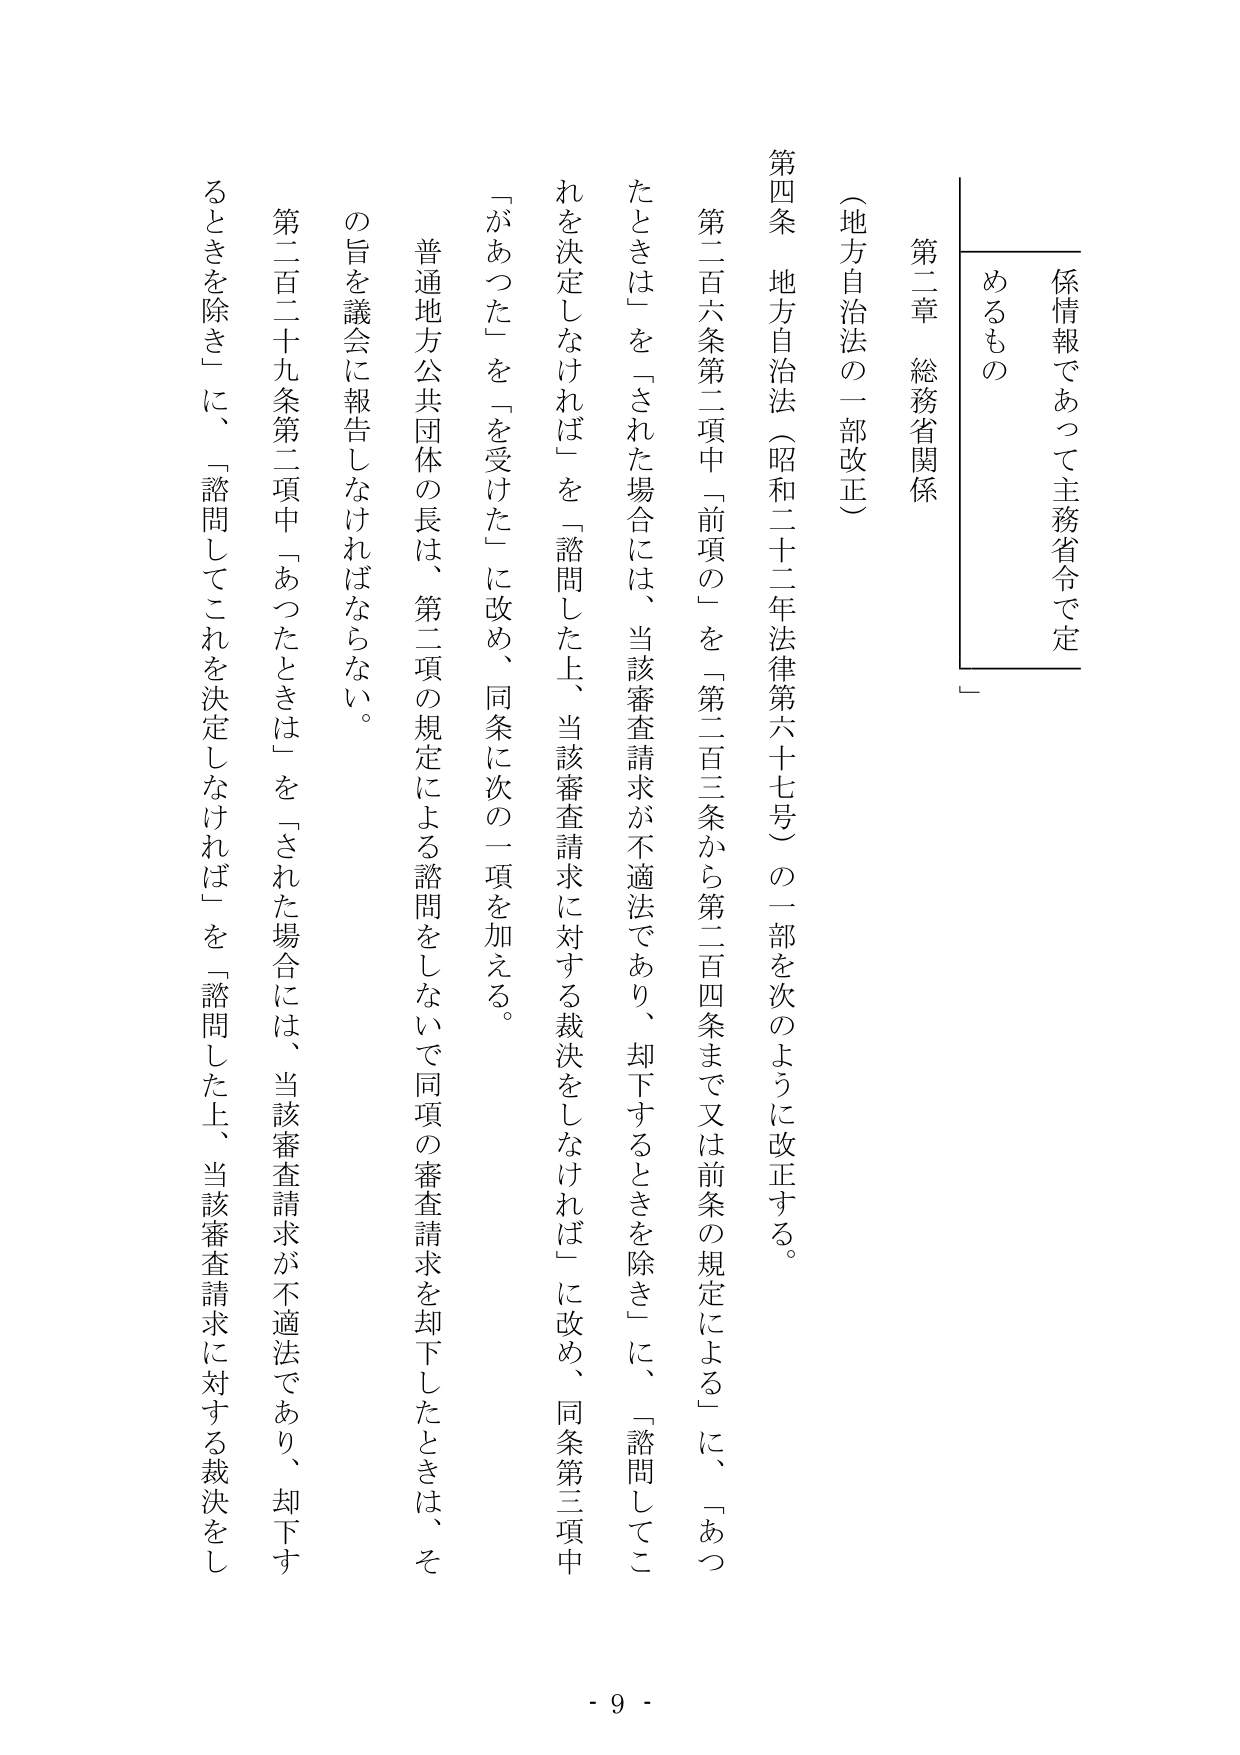
係情報であって主務省令で定
めるもの

第二章 総務省関係

（地方自治法の一部改正）

第四条 地方自治法（昭和二十二年法律第六十七号）の一部を次のように改正する。

第二百六条第二項中「前項の」を「第二百三条から第二百四条まで又は前条の規定による」に、「あったときは」を「された場合には、当該審査請求が不適法であり、却下するときを除き」に、「諮問してこれを決定しなければ」を「諮問した上、当該審査請求に対する裁決をしなければ」に改め、同条第三項中「があった」を「を受けた」に改め、同条に次の一項を加える。

普通地方公共団体の長は、第二項の規定による諮問をしないで同項の審査請求を却下したときは、その旨を議会に報告しなければならない。

第二百二十九条第二項中「あったときは」を「された場合には、当該審査請求が不適法であり、却下するときを除き」に、「諮問してこれを決定しなければ」を「諮問した上、当該審査請求に対する裁決をし

- 9 -